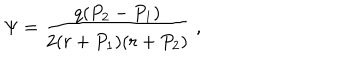
LaTeX: \Psi = { \frac { q ( P _ { 2 } - P _ { 1 } ) } { 2 ( r + P _ { 1 } ) ( r + P _ { 2 } ) } } \ ,